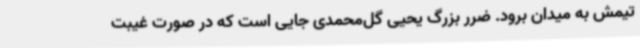
تیمش به میدان برود. ضرر بزرگ یحیی گل‌محمدی جایی است که در صورت غیبت